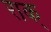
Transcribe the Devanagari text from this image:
राक्‌